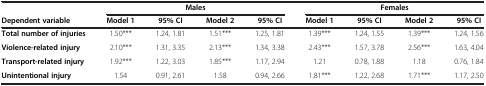
<table><thead><tr><td>[EMPTY_CELL]</td><td colspan="4"><b>Males</b></td><td colspan="4"><b>Females</b></td></tr><tr><td><b>Dependent variable</b></td><td><b>Model 1</b></td><td><b>95% CI</b></td><td><b>Model 2</b></td><td><b>95% CI</b></td><td><b>Model 1</b></td><td><b>95% CI</b></td><td><b>Model 2</b></td><td><b>95% CI</b></td></tr></thead><tbody><tr><td><b>Total number of injuries</b></td><td>1.50***</td><td>1.24, 1.81</td><td>1.51***</td><td>1.25, 1.81</td><td>1.39***</td><td>1.24, 1.55</td><td>1.39***</td><td>1.24, 1.56</td></tr><tr><td><b>Violence-related injury</b></td><td>2.10***</td><td>1.31, 3.35</td><td>2.13***</td><td>1.34, 3.38</td><td>2.43***</td><td>1.57, 3.78</td><td>2.56***</td><td>1.63, 4.04</td></tr><tr><td><b>Transport-related injury</b></td><td>1.92***</td><td>1.22, 3.03</td><td>1.85***</td><td>1.17, 2.94</td><td>1.21</td><td>0.78, 1.88</td><td>1.18</td><td>0.76, 1.84</td></tr><tr><td><b>Unintentional injury</b></td><td>1.54</td><td>0.91, 2.61</td><td>1.58</td><td>0.94, 2.66</td><td>1.81***</td><td>1.22, 2.68</td><td>1.71***</td><td>1.17, 2.50</td></tr></tbody></table>